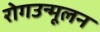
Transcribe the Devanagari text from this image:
रोगउन्मूलन